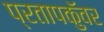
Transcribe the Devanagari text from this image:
प्रतापकुॅवर